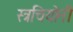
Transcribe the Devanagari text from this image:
स्त्रचियोनी